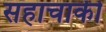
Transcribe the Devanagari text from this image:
सहाचाकी